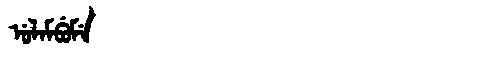
Manchu: ᡠᠯᠠᠮᠪᡠᠮᡝ
Romanization: ULAMBUME